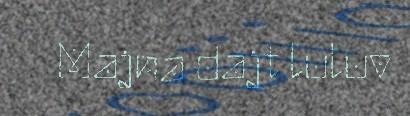
Majna dajt luluv